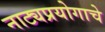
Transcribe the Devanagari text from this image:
नाट्यप्रयोगाचे